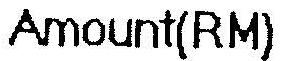
AMOUNT(RM)